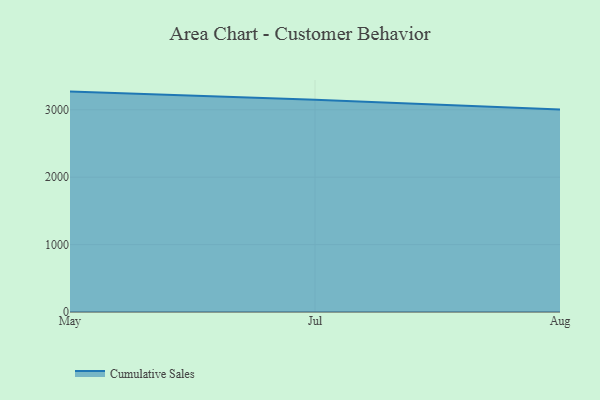
{"axis": {"x": "Month", "y": "Satisfaction Score"}, "legend": ["Cumulative Sales"], "data": [{"x": "May", "y": 3269.8, "type": "Cumulative Sales"}, {"x": "Jul", "y": 3150.4, "type": "Cumulative Sales"}, {"x": "Aug", "y": 3004.3, "type": "Cumulative Sales"}]}